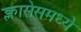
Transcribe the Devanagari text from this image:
क्लासेसमध्ये